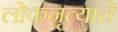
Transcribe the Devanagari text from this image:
लोकनृत्यांचे